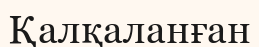
Қалқаланған